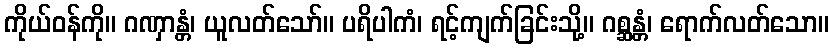
ကိုယ်ဝန်ကို။ ဂဏှာန္တံ၊ ယူလတ်သော်။ ပရိပါကံ၊ ရင့်ကျက်ခြင်းသို့။ ဂစ္ဆန္တံ၊ ရောက်လတ်သော။